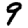
Digit: 9